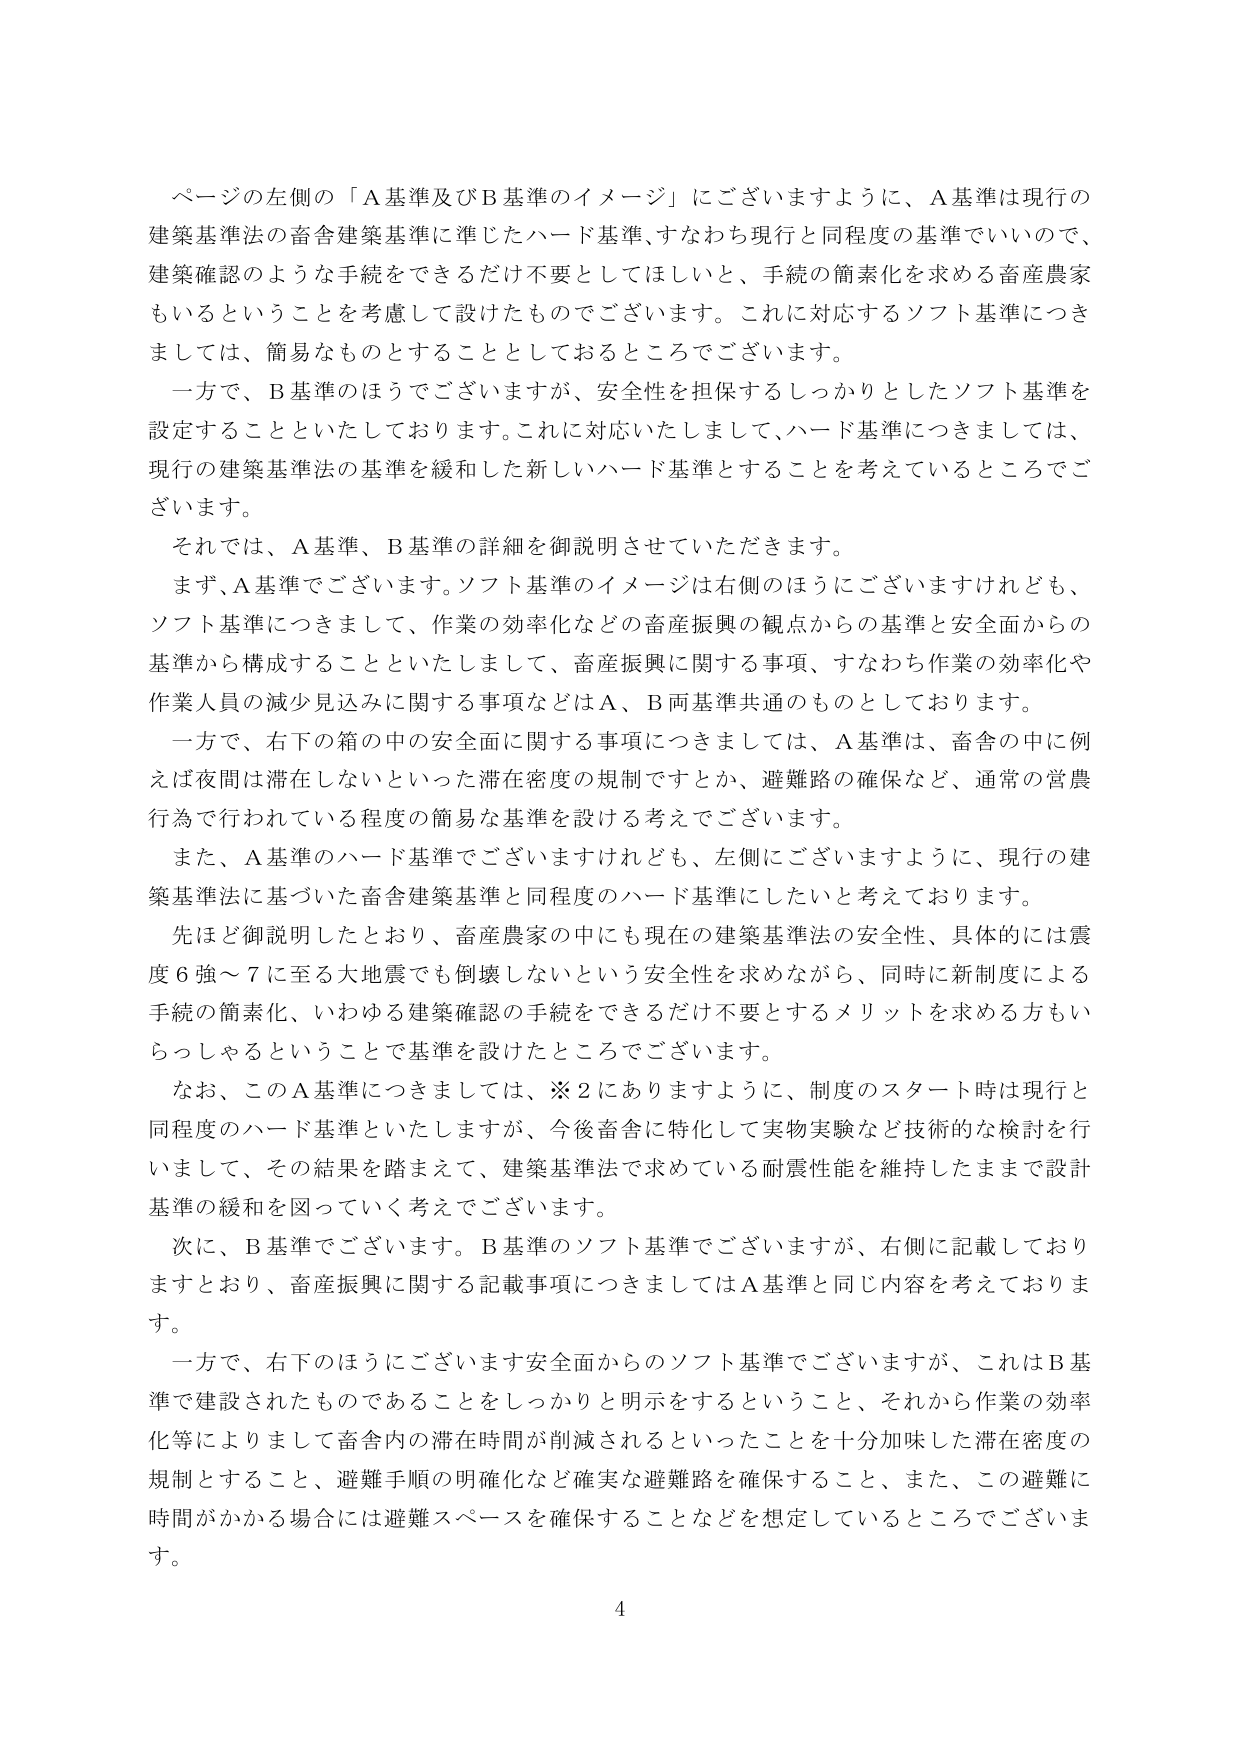
ページの左側の「A基準及びB基準のイメージ」にございますように、A基準は現行の建築基準法の畜舎建築基準に準じたハード基準、すなわち現行と同程度の基準でいいので、建築確認のような手続をできるだけ不要としてほしいと、手続の簡素化を求める畜産農家もいるということを考慮して設けたものでございます。これに対応するソフト基準につきましては、簡易なものとすることとしておるところでございます。

一方で、B基準のほうでございますが、安全性を担保するしっかりとしたソフト基準を設定することといたしております。これに対応いたしまして、ハード基準につきましては、現行の建築基準法の基準を緩和した新しいハード基準とすることを考えているところでございます。

それでは、A基準、B基準の詳細を御説明させていただきます。

まず、A基準でございます。ソフト基準のイメージは右側のほうにございますけれども、ソフト基準につきまして、作業の効率化などの畜産振興の観点からの基準と安全面からの基準から構成することといたしまして、畜産振興に関する事項、すなわち作業の効率化や作業人員の減少見込みに関する事項などはA、B両基準共通のものとしております。

一方で、右下の箱の中の安全面に関する事項につきましては、A基準は、畜舎の中に例えば夜間は滞在しないといった滞在密度の規制ですとか、避難路の確保など、通常の営農行為で行われている程度の簡易な基準を設ける考えでございます。

また、A基準のハード基準でございますけれども、左側にございますように、現行の建築基準法に基づいた畜舎建築基準と同程度のハード基準にしたいと考えております。

先ほど御説明したとおり、畜産農家の中にも現在の建築基準法の安全性、具体的には震度6強～7に至る大地震でも倒壊しないという安全性を求めながら、同時に新制度による手続の簡素化、いわゆる建築確認の手続をできるだけ不要とするメリットを求める方もいらっしゃるということで基準を設けたところでございます。

なお、このA基準につきましては、※2にありますように、制度のスタート時は現行と同程度のハード基準といたしますが、今後畜舎に特化して実物実験など技術的な検討を行いまして、その結果を踏まえて、建築基準法で求めている耐震性能を維持したままで設計基準の緩和を図っていく考えでございます。

次に、B基準でございます。B基準のソフト基準でございますが、右側に記載しておりますとおり、畜産振興に関する記載事項につきましてはA基準と同じ内容を考えております。

一方で、右下のほうにございます安全面からのソフト基準でございますが、これはB基準で建設されたものであることをしっかりと明示をするということ、それから作業の効率化等によりまして畜舎内の滞在時間が削減されるといったことを十分加味した滞在密度の規制とすること、避難手順の明確化など確実な避難路を確保すること、また、この避難に時間がかかる場合には避難スペースを確保することなどを想定しているところでございます。

4